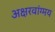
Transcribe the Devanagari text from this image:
अक्षरवांग्मय